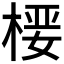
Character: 𰗻